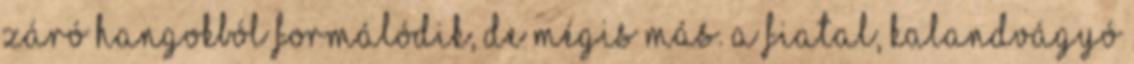
záró hangokból formálódik, de mégis más. A fiatal, kalandvágyó